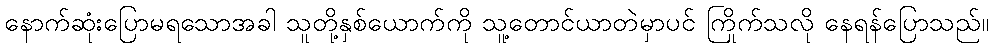
နောက်ဆုံးပြောမရသောအခါ သူတို့နှစ်ယောက်ကို သူ့တောင်ယာတဲမှာပင် ကြိုက်သလို နေရန်ပြောသည်။